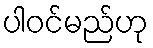
ပါဝင်မည်ဟု